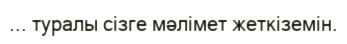
... туралы сізге мәлімет жеткіземін.